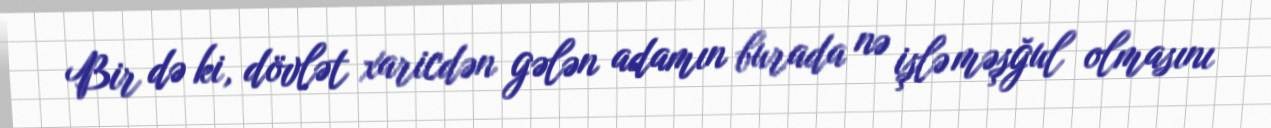
Bir də ki, dövlət xaricdən gələn adamın burada nə işlə məşğul olmasını